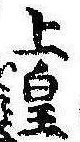
上皇